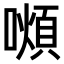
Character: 𫬆